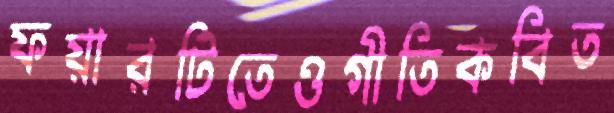
ফয়ারটিতেওগীতিকবিত